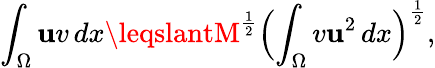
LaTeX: \int_{\Omega}{\mathbf{u}v\, dx}\leqslantM^{\frac{{1}}{{2}}}\Bigl(\int_{\Omega}{v\mathbf{u}^{2}\, dx}\Bigr)^{\frac{{1}}{{2}}},